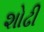
શોઢી